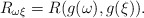
\begin{align*}R_{\omega \xi }=R(g(\omega ),g(\xi )).\end{align*}